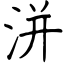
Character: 洴